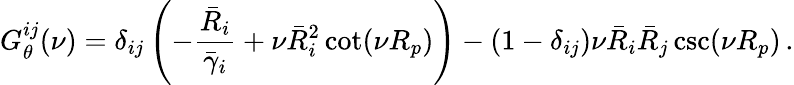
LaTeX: G_{\theta}^{ij}(\nu)=\delta_{ij}\left(-\frac{\bar{R}_{i}}{\bar{\gamma}_{i}}+\nu\bar{R}_{i}^{2}\cot(\nu R_{p})\right)-(1-\delta_{ij})\nu\bar{R}_{i}\bar{R}_{j}\csc(\nu R_{p})\, .